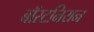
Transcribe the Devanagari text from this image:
बॉस्टनियन